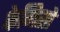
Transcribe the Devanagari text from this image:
केगिसो